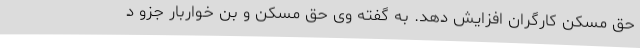
حق مسکن کارگران افزایش دهد. به گفته وی حق مسکن و بن خواربار جزو د